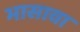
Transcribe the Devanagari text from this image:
भासावा